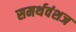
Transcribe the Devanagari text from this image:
समर्थवंशज